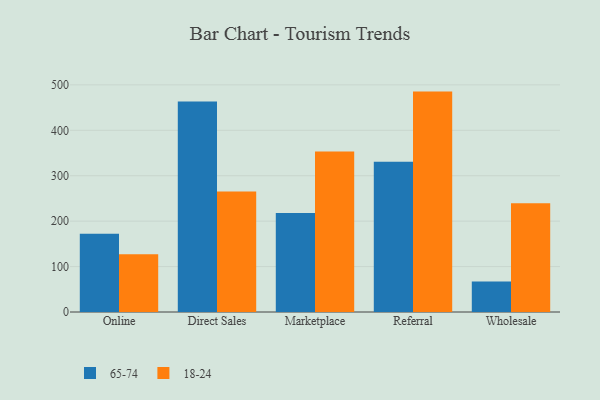
{"axis": {"x": "Channel", "y": "Headcount"}, "legend": ["18-24", "65-74"], "data": [{"x": "Online", "y": 172.1, "type": "65-74"}, {"x": "Online", "y": 127.2, "type": "18-24"}, {"x": "Direct Sales", "y": 463.2, "type": "65-74"}, {"x": "Direct Sales", "y": 265.1, "type": "18-24"}, {"x": "Marketplace", "y": 217.8, "type": "65-74"}, {"x": "Marketplace", "y": 353.4, "type": "18-24"}, {"x": "Referral", "y": 330.8, "type": "65-74"}, {"x": "Referral", "y": 485.2, "type": "18-24"}, {"x": "Wholesale", "y": 66.9, "type": "65-74"}, {"x": "Wholesale", "y": 239.4, "type": "18-24"}]}